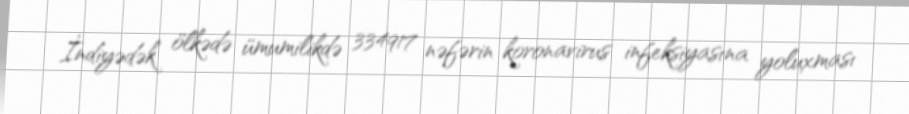
İndiyədək ölkədə ümumilikdə 334917 nəfərin koronavirus infeksiyasına yoluxması